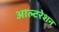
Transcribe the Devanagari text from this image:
आल्टरेशन